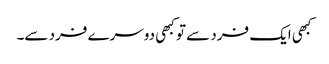
کبھی ایک فرد سے تو کبھی دوسرے فرد سے۔